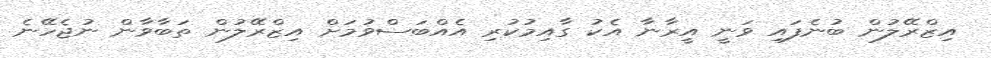
އިޒްރޭލުން ބުނެފައި ވަނީ އީރާނާ އެކު ގާއިމުކުރި އެއްބަސްވުމަށް އިޒްރޭލުން ތަބާވާން ނުޖެހޭނެ